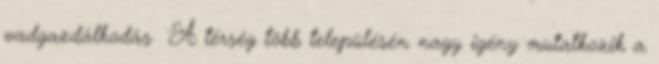
vadgazdálkodás ▪A térség több településén nagy igény mutatkozik a